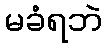
မခံရဘဲ